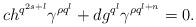
LaTeX: \begin{align*}ch^{q^{2s+l}}\gamma^{\rho q^l}+ dg^{q^{l}}\gamma^{\rho q^{l+n}}=0.\end{align*}